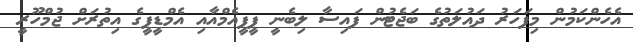
އެހެންކަމުން މިފަހަރު ދައުލަތުގެ ބަޖެޓުން ފައިސާ ލިބެނީ ޕީޕީއެމްއާއި އެމްޑީޕީގެ އިތުރަށް ޖުމްހޫރީ